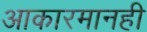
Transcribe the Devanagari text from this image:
आकारमानही